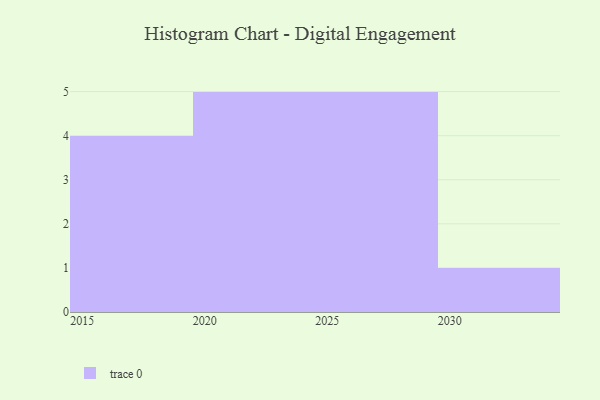
{"axis": {"x": "Year", "y": "Demand Index"}, "legend": [""], "data": [{"x": "2026", "y": 49, "type": ""}, {"x": "2020", "y": 53, "type": ""}, {"x": "2022", "y": 78, "type": ""}, {"x": "2024", "y": 76, "type": ""}, {"x": "2028", "y": 62, "type": ""}, {"x": "2015", "y": 67, "type": ""}, {"x": "2030", "y": 91, "type": ""}, {"x": "2021", "y": 36, "type": ""}, {"x": "2019", "y": 8, "type": ""}, {"x": "2025", "y": 77, "type": ""}, {"x": "2016", "y": 28, "type": ""}, {"x": "2023", "y": 48, "type": ""}, {"x": "2027", "y": 9, "type": ""}, {"x": "2018", "y": 87, "type": ""}, {"x": "2029", "y": 48, "type": ""}]}